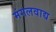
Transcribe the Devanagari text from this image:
मंगलवाद्य